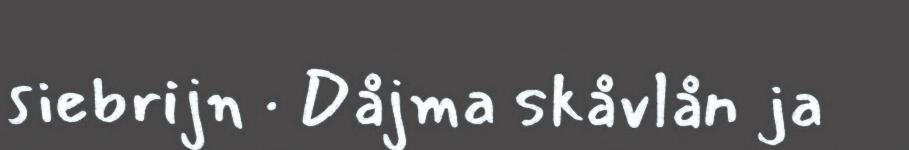
siebrijn · Dåjma skåvlån ja